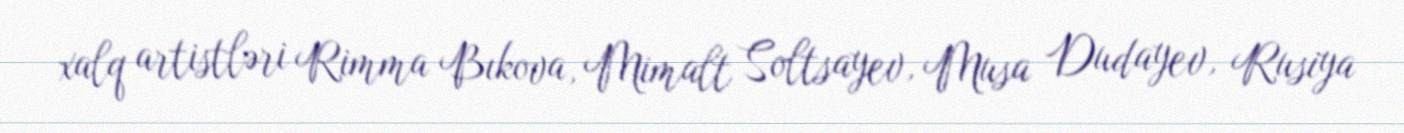
xalq artistləri Rimma Bıkova, Mimalt Soltsayev, Musa Dudayev, Rusiya